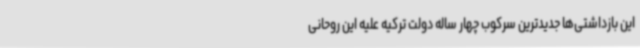
این بازداشتی‌ها جدیدترین سرکوب چهار ساله دولت ترکیه علیه این روحانی